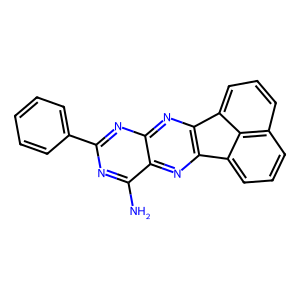
SMILES: Nc1nc(-c2ccccc2)nc2nc3c(nc12)-c1cccc2cccc-3c12
Inhibits HIV replication: No